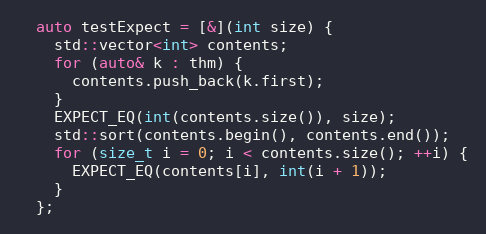
Language: C++
  auto testExpect = [&](int size) {
    std::vector<int> contents;
    for (auto& k : thm) {
      contents.push_back(k.first);
    }
    EXPECT_EQ(int(contents.size()), size);
    std::sort(contents.begin(), contents.end());
    for (size_t i = 0; i < contents.size(); ++i) {
      EXPECT_EQ(contents[i], int(i + 1));
    }
  };